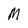
Character: M